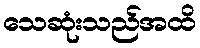
သေဆုံးသည်အထိ